Vaccination in Burma 1920-1933 - 1920-1933
Year: 1920
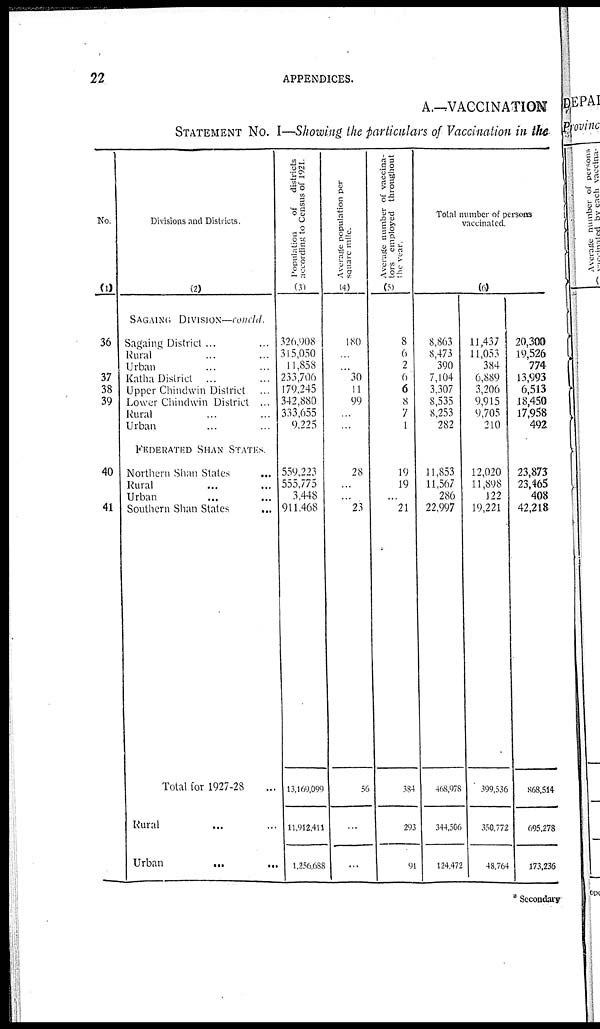
APPENDICES.
21
DEPARTMENT.
Province of Burma during the year 1927-28—contd.
Percentage of unknown cases
to total cases.
Primary.
(19)
1.69
1.68
1.77
4.12
3.88
10.38
14.64
.79
1.29
2.93
.22
6.92
7.06
4.22
13.70
14.15
5.54
10.63
10.93
2.61
9.91
8.05
10.56
10.40
11.01
...
18.58
19.45
3.57
13.82
14.08
2.91
Re-vaccination.
(20)
18.14
18.32
15.89
6.64
4.11
25.93
22.11
11.50
1.87
6.84
.06
17.83
18.80
7.95
27.85
31.74
19.05
19.68
14.90
34.00
19.04
15.25
33.41
7.58
9.31
...
19.02
21.37
5.22
18.52
18.65
11.68
Average annual number of
persons successfully
vaccinated during previous
five years.
Number.
(21)
18,460
...
...
14,778
...
...
2,831
...
19,091
...
...
7,496
...
...
8,659
...
...
17,226
...
...
13,820
...
...
4,374
...
...
2,048
...
...
16,126
...
...
Ratio per
1,000.
(22)
43.61
...
...
31.46
...
...
25.72
...
53.53
...
...
52.54
...
...
29.87
...
...
38.97
...
...
42.76
...
...
38.72
...
...
14.42
...
...
41.21
...
...
Average annual number of
deaths from small-pox
during previous
five years.
Number.
(23)
162
...
...
96
...
...
...
...
141
...
...
21
...
...
70
...
...
331
...
...
46
...
...
...
...
...
...
...
...
55
...
...
Ratio per
1,000.
(24)
.38
...
...
.21
...
...
...
...
.40
...
...
.15
...
...
.24
...
...
.75
...
...
.14
...
...
...
...
...
...
...
...
14
...
...
No.
(1)
24
25
26
27
28
29
30
31
32
33
34
35
operations included.
other agencies included.